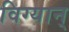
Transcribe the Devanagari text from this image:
विग्यान्